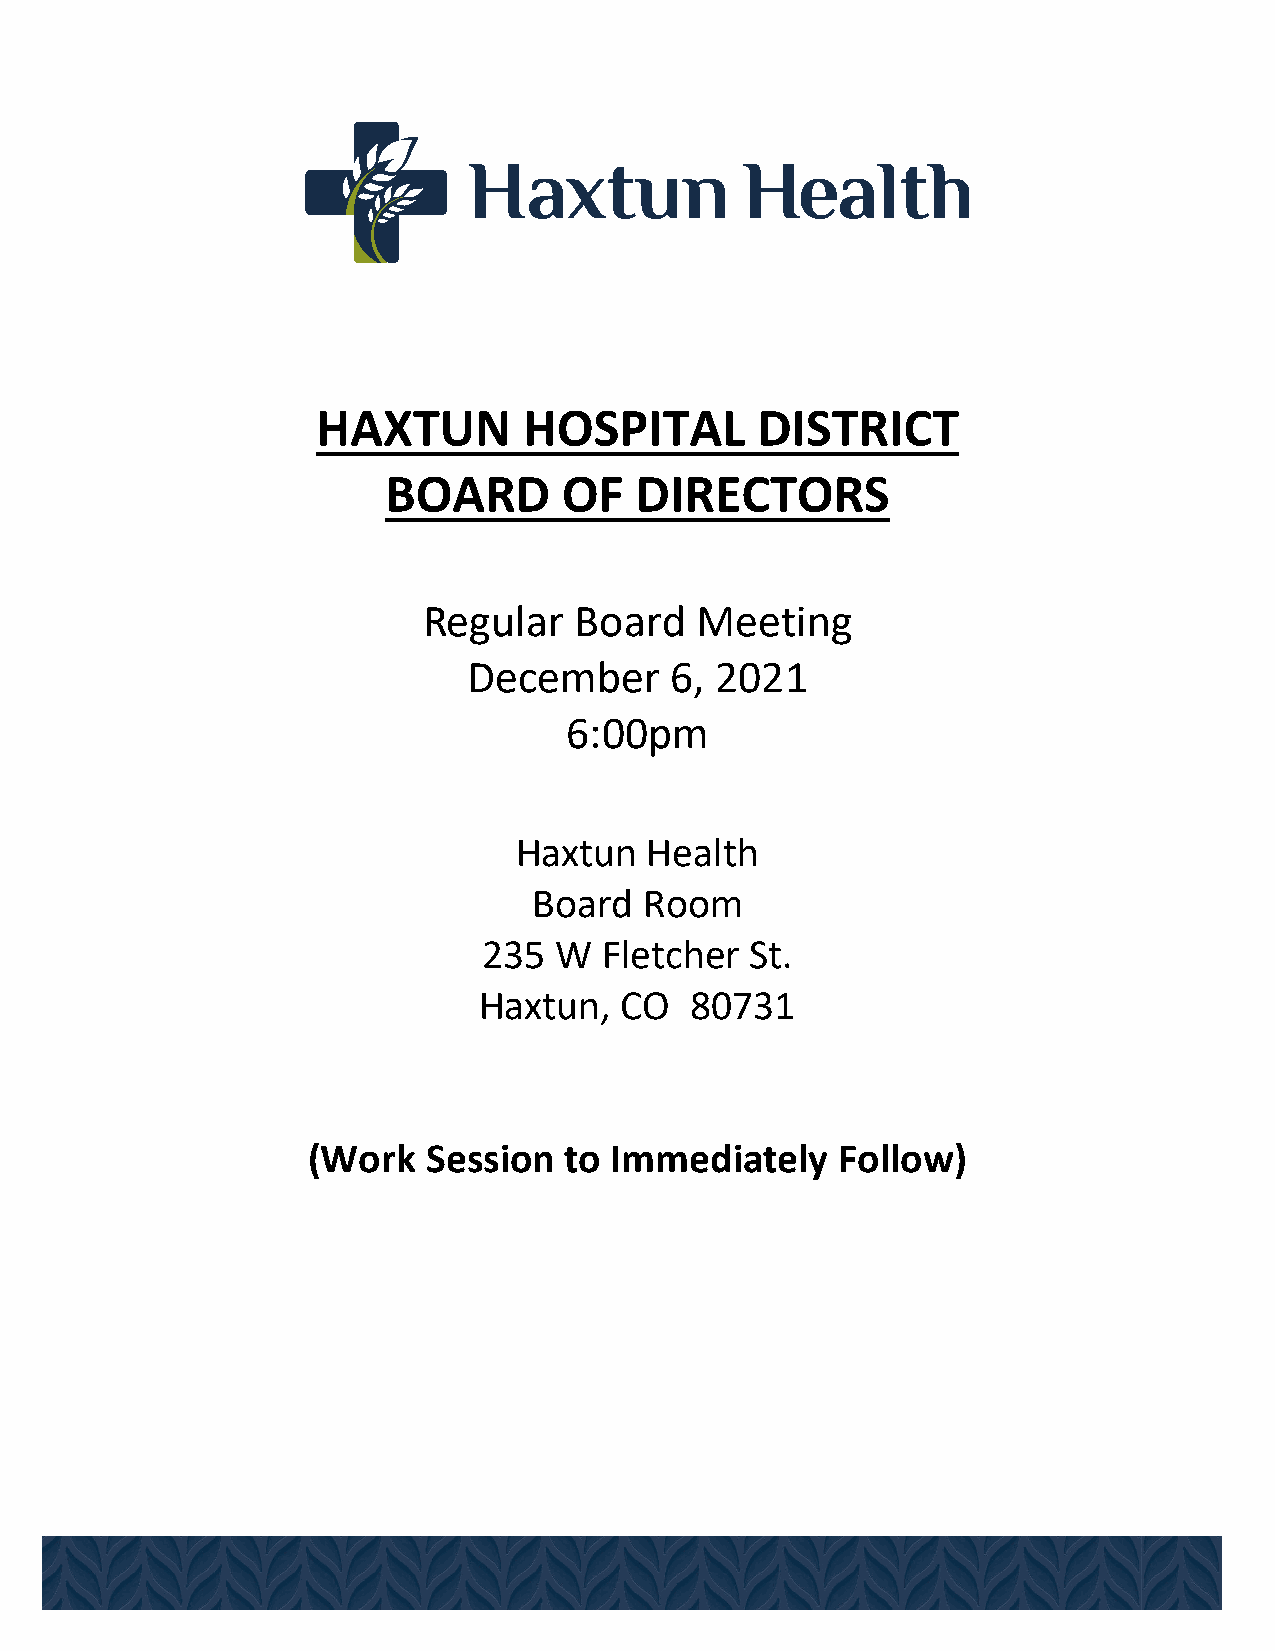
HAXTUN        HOSPITAL       DISTRICT
 BOARD      OF   DIRECTORS
 Regular   Board   Meeting
 December     6, 2021
 6:00pm
 Haxtun   Health
 Board   Room
 235  W  Fletcher  St.
 Haxtun,  CO   80731
 (Work   Session  to Immediately    Follow)